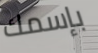
بإسمك